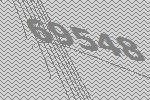
69548